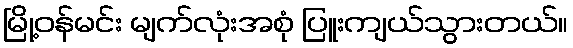
မြို့ဝန်မင်း မျက်လုံးအစုံ ပြူးကျယ်သွားတယ်။